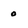
Character: 0